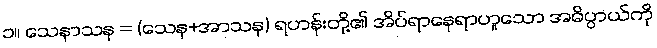
၁။ သေနာသန = (သေန+အာသန) ရဟန်းတို့၏ အိပ်ရာနေရာဟူသော အဓိပ္ပာယ်ကို